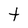
Character: t